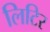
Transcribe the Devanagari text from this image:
लिटिर